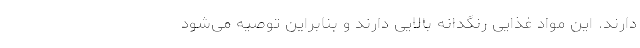
دارند. این مواد غذایی رنگدانه بالایی دارند و بنابراین توصیه می‌شود